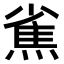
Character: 𤍳